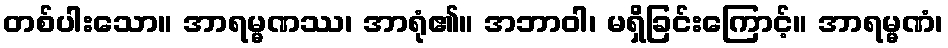
တစ်ပါးသော။ အာရမ္မဏဿ၊ အာရုံ၏။ အဘာဝါ၊ မရှိခြင်းကြောင့်။ အာရမ္မဏံ၊